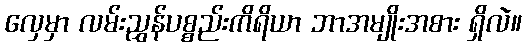
လှေမှာ လမ်းညွှန်ပစ္စည်းကိရိယာ ဘာအမျိုးအစား ရှိလဲ။